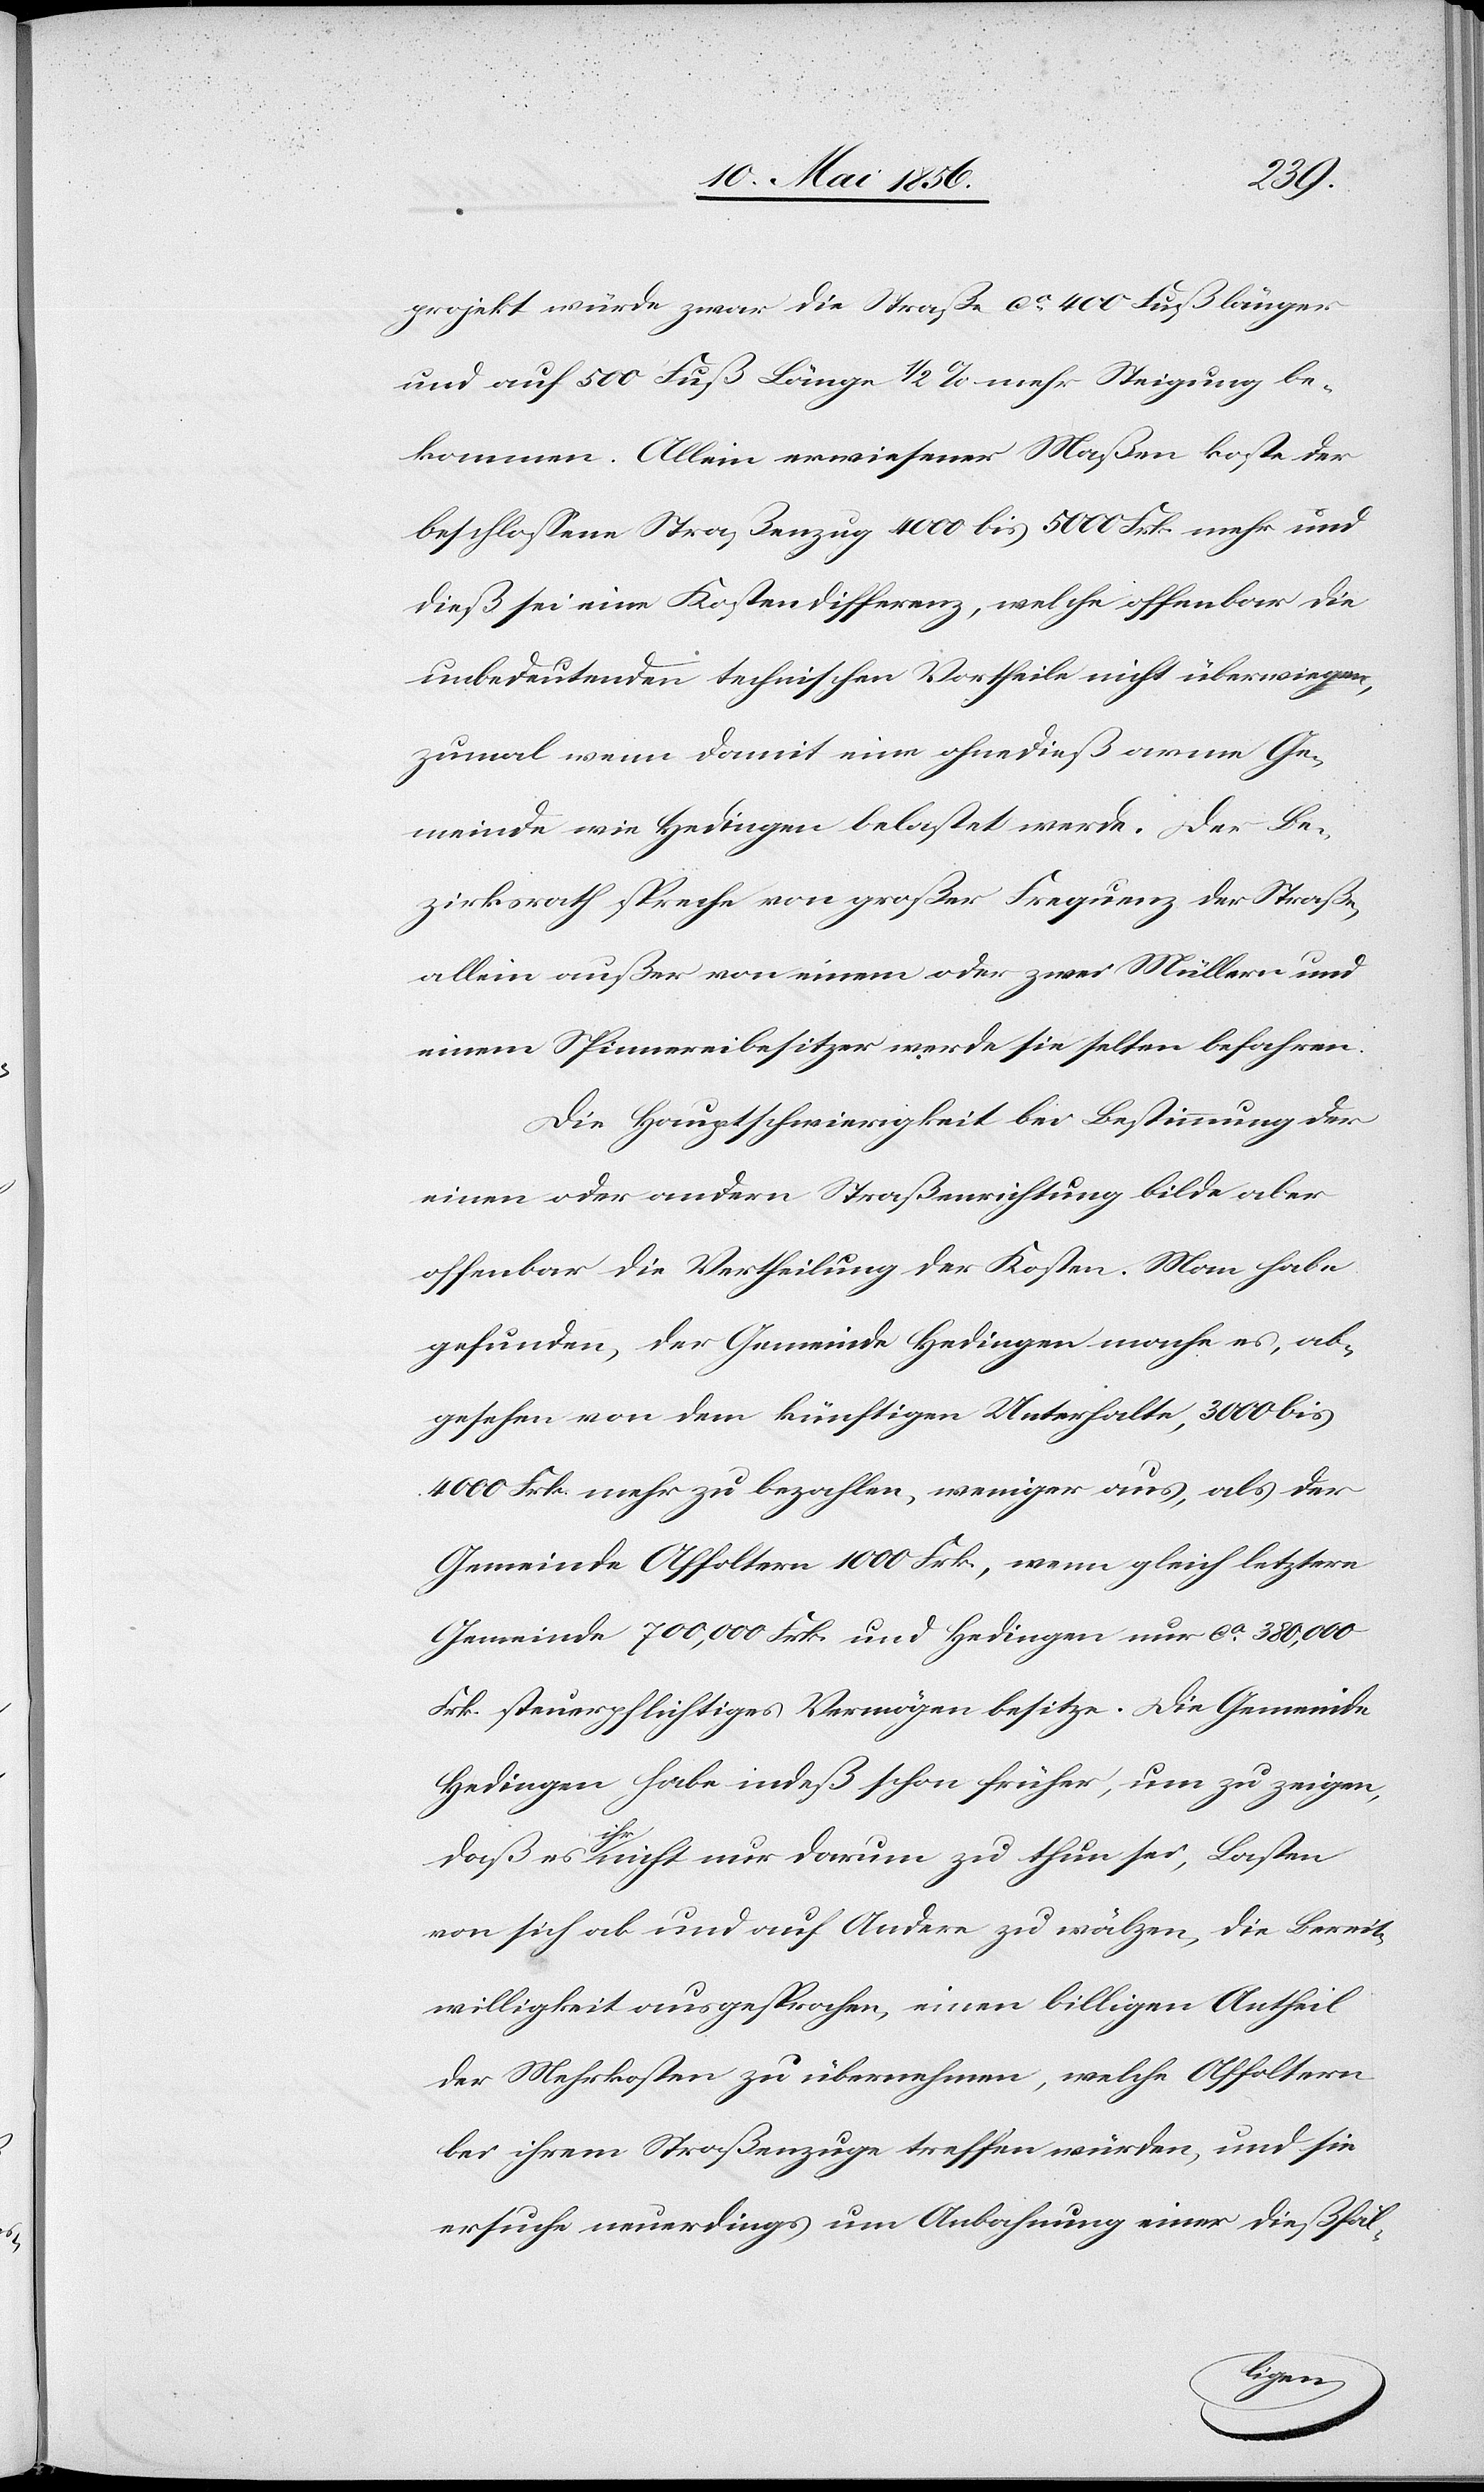
projekt würde zwar die Straße ca 400 Fuß länger
und auf 500 Fuß Länge ½ % mehr Steigung be¬
kommen. Allein erwiesener Maßen koste der
beschlossene Straßenzug 4000 bis 5000 Frk. mehr und
dieß sei eine Kostendifferenz, welche offenbar die
unbedeutenden technischen Vortheile nicht überwiegen,
zumal wenn damit eine ohnedieß arme Ge¬
meinde wie Hedingen belastet werde. Der Be¬
zirksrath spreche von großer Frequenz der Straße,
allein außer von einem oder zwei Müllern und
einem Spinnereibesitzer werde sie selten befahren.
Die Hauptschwierigkeit bei Bestimmung der
einen oder andern Straßenrichtung bilde aber
offenbar die Vertheilung der Kosten. Man habe
gefunden, der Gemeinde Hedingen mache es, ab¬
gesehen von dem künftigen Unterhalte, 3000 bis
4000 Frk. mehr zu bezahlen, weniger aus, als der
Gemeinde Affoltern 1000 Frk., wenn gleich letztere
Gemeinde 700,000 Frk. und Hedingen nur ca 380,000
Frk. steuerpflichtiges Vermögen besitze. Die Gemeinde
Hedingen habe indeß schon früher, um zu zeigen,
daß es aihra nicht nur darum zu thun sei, Lasten
von sich ab und auf Andere zu wälzen, die Bereit¬
willigkeit ausgesprochen, einen billigen Antheil
der Mehrkosten zu übernehmen, welche Affoltern
bei ihrem Straßenzuge treffen würden, und sie
ersuche neuerdings um Anbahnung einer dießfäl-